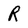
Character: R